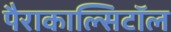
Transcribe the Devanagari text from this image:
पैराकाल्सिटॉल